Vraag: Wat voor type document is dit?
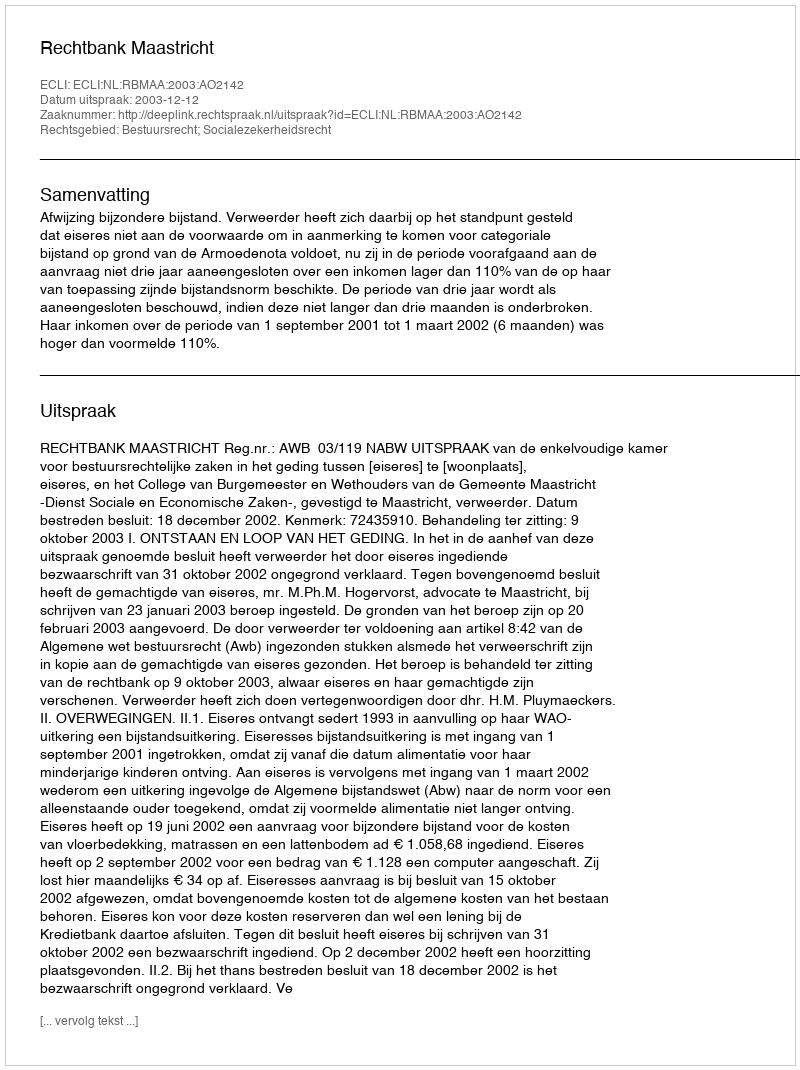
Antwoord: Uitspraak